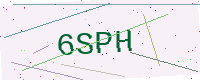
Text: 6SPH